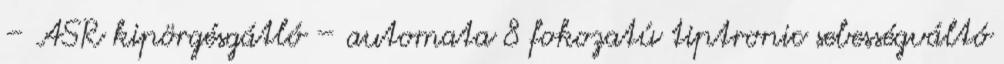
– ASR kipörgésgátló – automata 8 fokozatú tiptronic sebességváltó